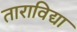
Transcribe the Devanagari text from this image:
ताराविद्या